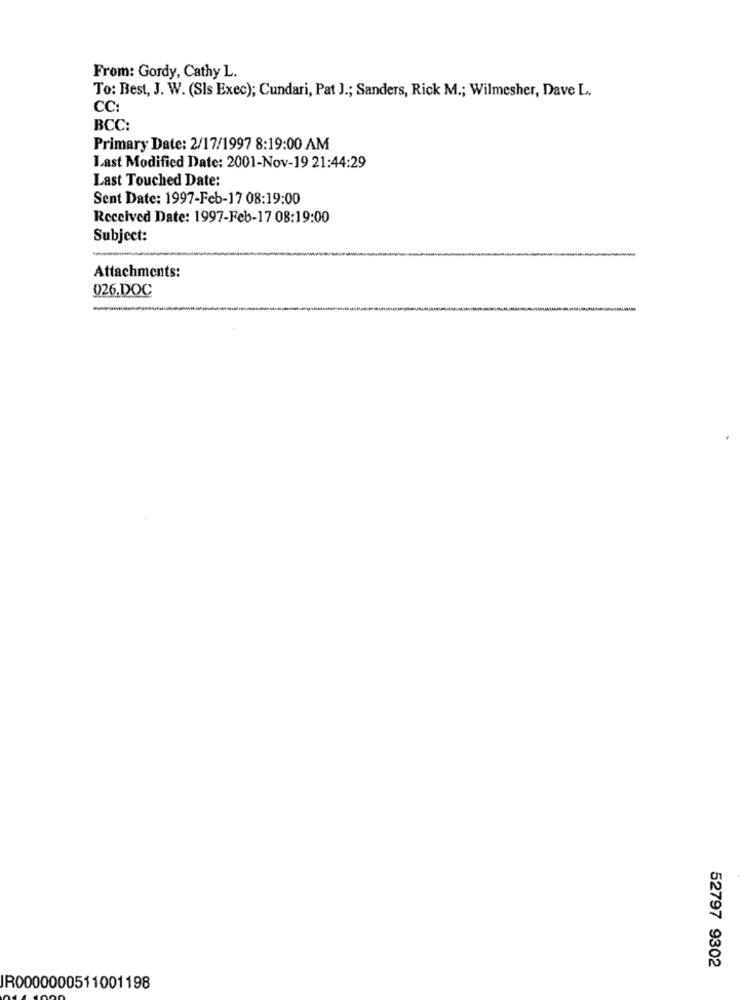
From: Gordy, Cathy L.
To: Best, J. W. (Sls Exec); Cundari, Pat J .; Sanders, Rick M .; Wilmesher, Dave L.
CC:
BCC:
Primary Date: 2/17/1997 8:19:00 AM
Last Modified Date: 2001-Nov-19 21:44:29
Last Touched Date:
Sent Date: 1997-Feb-17 08:19:00
Received Date: 1997-Feb-17 08:19:00
Subject:
Attachments:
026.DOC
52797 9302
IR0000000511001198